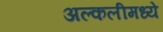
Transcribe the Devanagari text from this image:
अल्कलीमध्ये